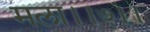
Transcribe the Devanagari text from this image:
मला।।७।।